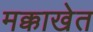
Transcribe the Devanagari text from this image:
मक्काखेत